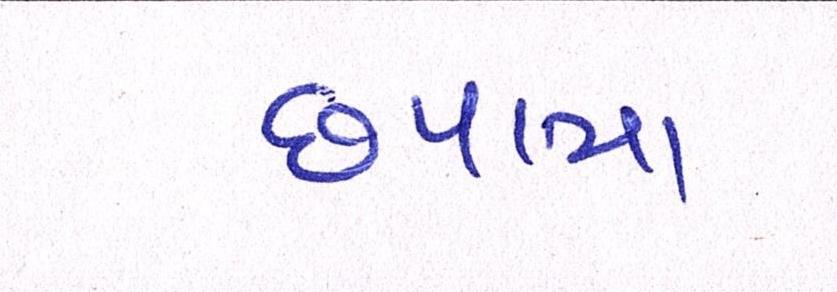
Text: છપાયા